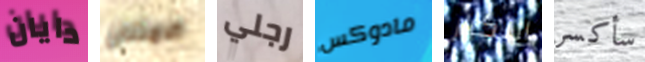
دايان الامتنان رجلي مادوكس التكرار سأكسر